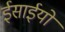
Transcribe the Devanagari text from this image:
ईसाईयो